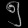
Digit: ၅